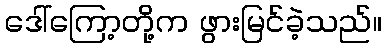
ဒေါ်ကြော့တို့က ဖွားမြင်ခဲ့သည်။